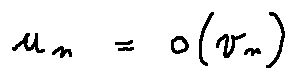
u _ { n } = o ( v _ { n } )